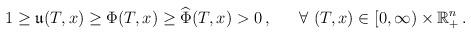
LaTeX: \begin{align*}1\ge \mathfrak{u}(T, x)\ge \Phi(T,x) \ge \widehat{\Phi}(T,x)>0\,,\ \ \ \ \ \forall \ (T, x)\in [0,\infty)\times \mathbb{R}_{+}^n\,.\end{align*}